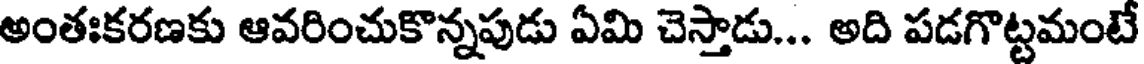
అంతఃకరణకు ఆవరించుకొన్నపుడు ఏమి చెస్తాడు... అది పడగొట్టమంటే